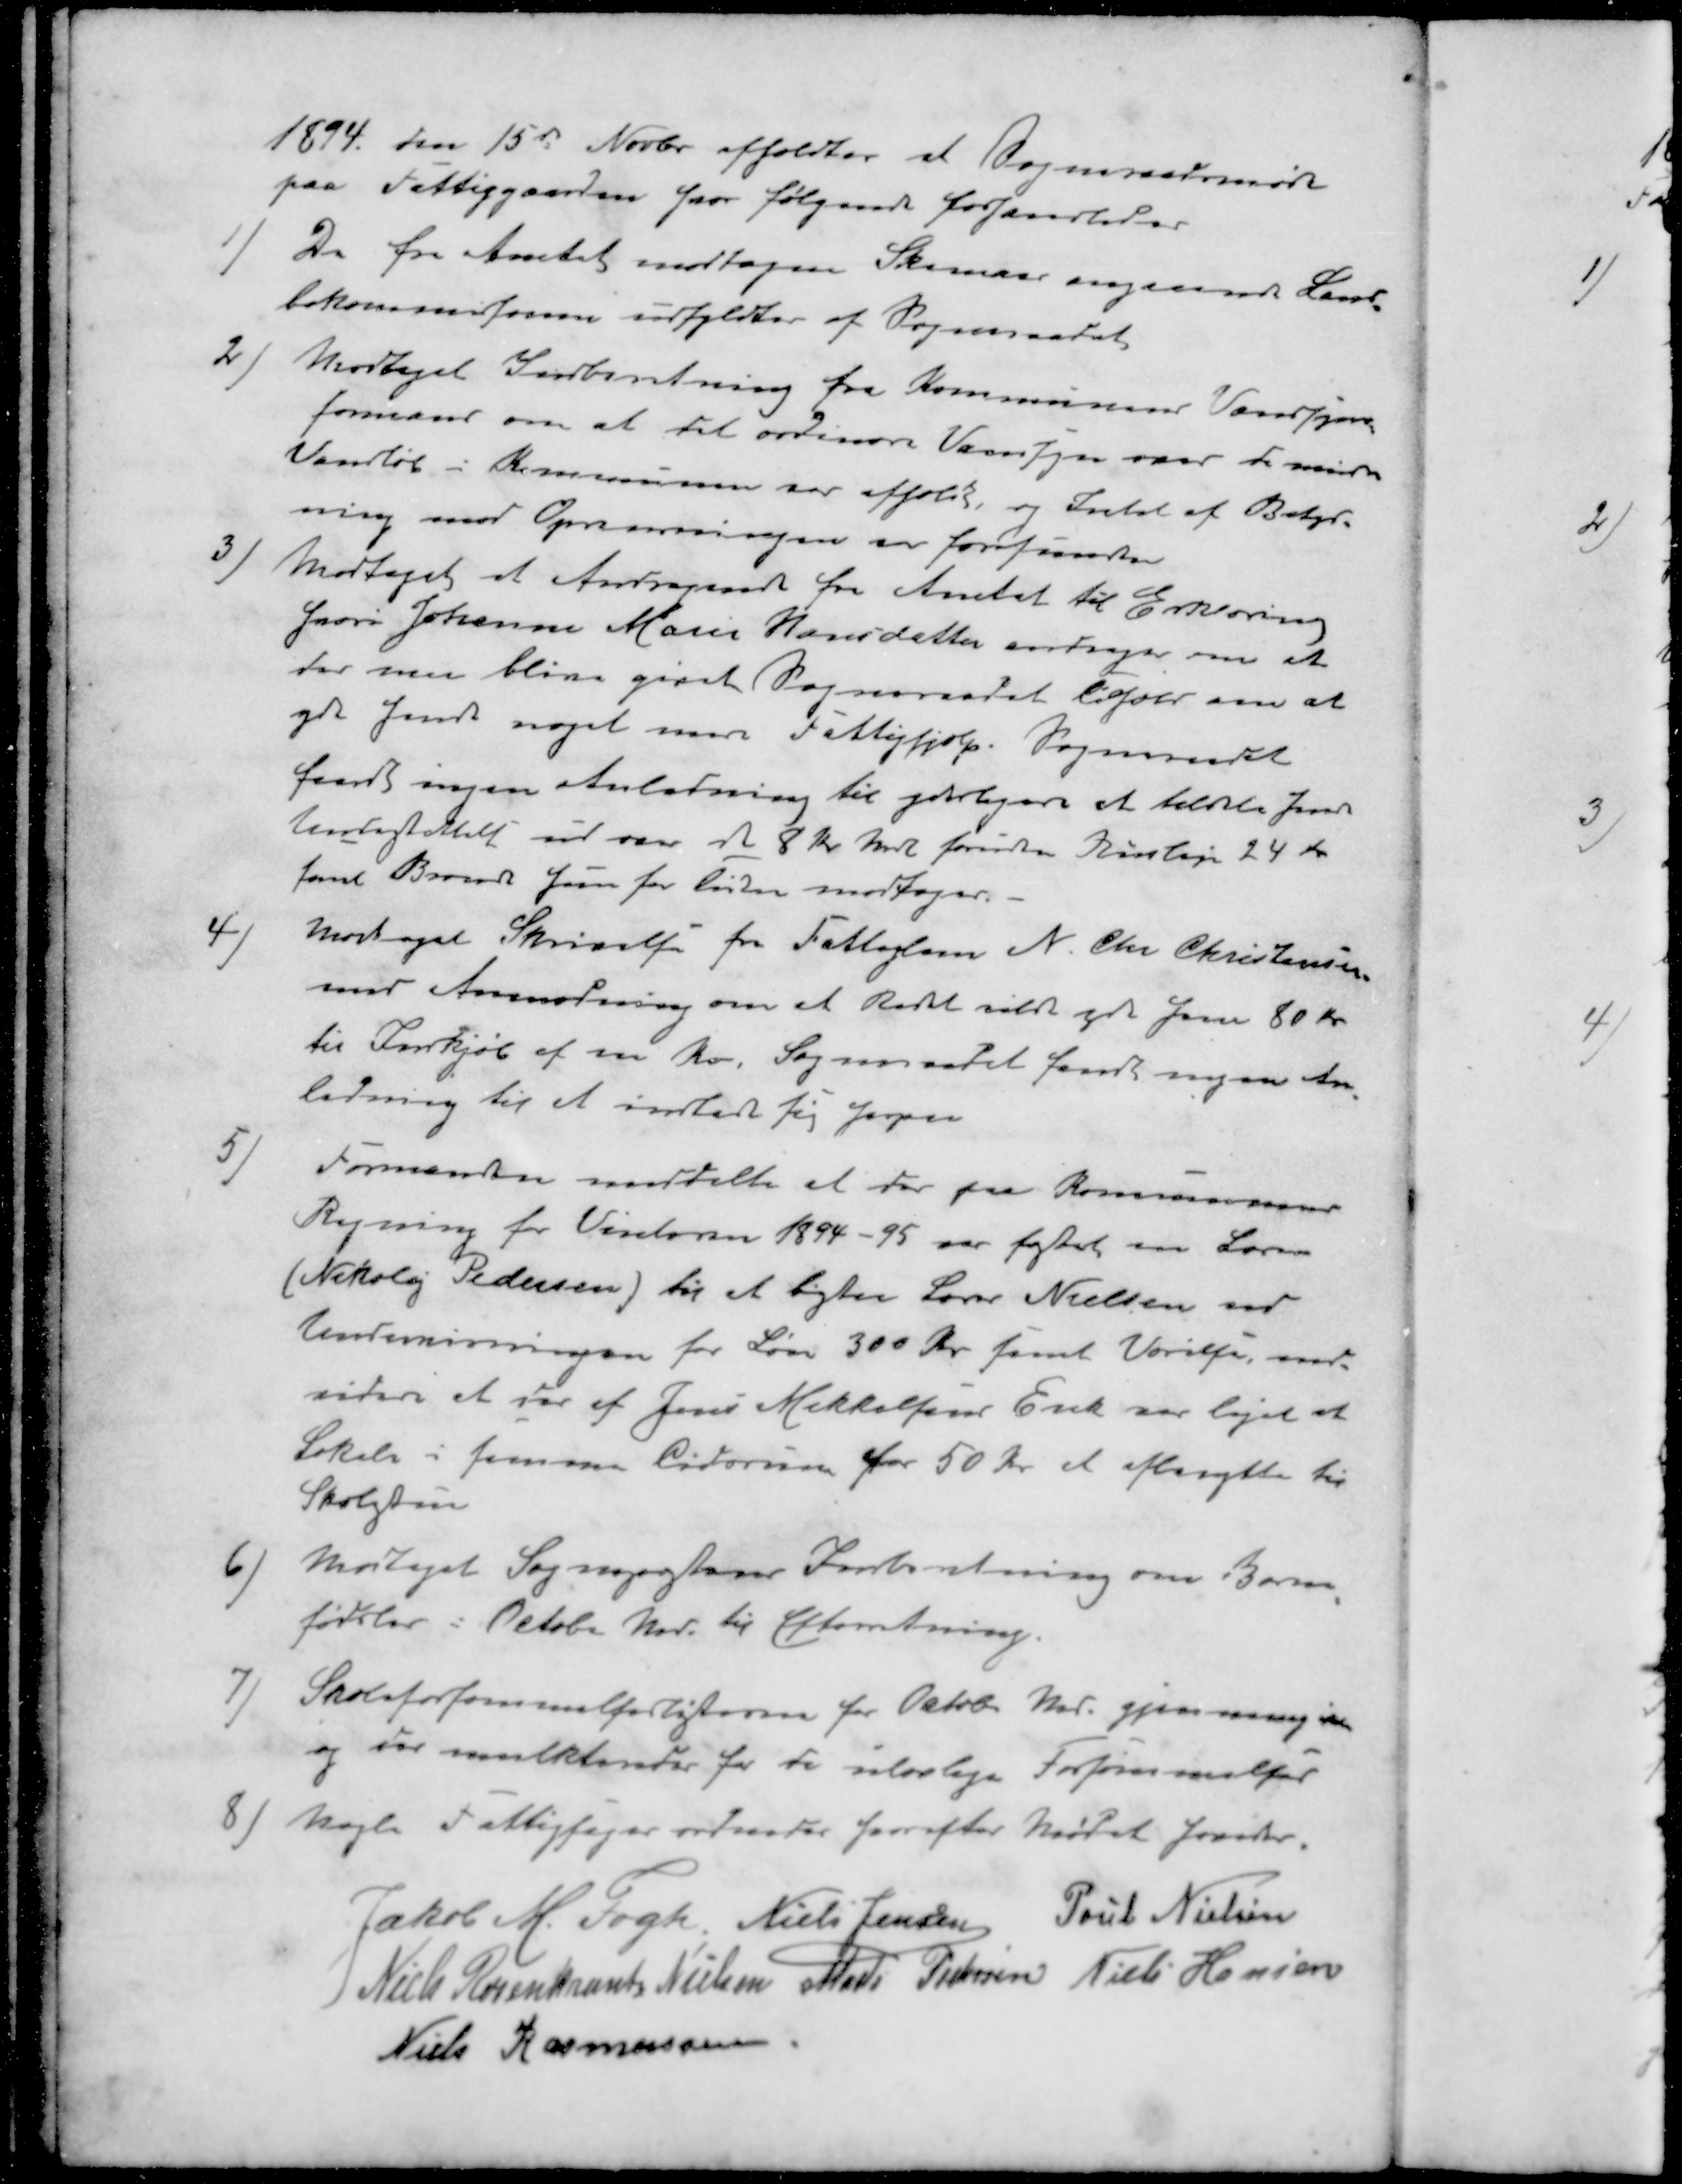
Transskription:
1894 den 15d Novbr afholdtes at Sogneraadsmøde
paa Fattiggaarden hvor følgende forhandledes
1 )De fra Amtet modtagne Skemaer angaaende Land-
bokommisionen udfyldtes af Sogneraadet
2 ) Modtaget Indberetning fra Kommunens Vandsyns-
formand om at det ordinære Vandsyn over de mindre
Vandløb i Kommunen var udført, og Intet af Betyr-
ning med Oprensningen er forefunden
3 ) Modtaget et Andragende fra Amtet til Erklæring
hvori Johanne Marie Hansdatter andrager om at
der nu blive givet Sogneraadet tilhold om at
yde hende noget mere Fattighjælp. Sogneraadet
fandt ingen Anledning til yderligere at tildele hende
Undestøttelse ud over de 8 Kr. Mdl foruden Husleje 24 Kr.
fast Brænde hun for tiden modtager.
4 ) Modtaget Skrivelse fra Fattiglem N. Chr. Christensen
med Anmodning om at Raadet vilde yde ham 80 Kr.
til Indkjøb af en Ko Sogneraadet fandt ingen An-
ledning til at indlade sig Herpaa
5 ) Formanden meddelte et der paa Kommunens
Regning for Vinteren 1894-95 var fæstet en Lærer
(Nikolaj Pedersen) til at bistaa Lærer Nielsen med
Undervisningen for Løn 300 Kr. samt Værelse, ind-
videre at var af Jens Mikkelsens Enke var lejet at
Lokale i sammes Lidorum for 50 Kr. at afbenytte til
Skolestue
6 ) Modtaget Sognepræstens Indberetning om Børne-
fødsler i October Md til Efterretning.
7 ) Skoleforsømmelselisterne for Octob. Md. gjennemgaaet
og der mulkteredes for de ulovlige Forsømmelser
8 ) nogle Fattigsager ordnedes herefter Mødet hævet
Jakob M. Fogh
 Niels Jensen
Poul Nielsen
Niels Rosenkrants Nielsen
Mads Pedersen
Niels Hansen
Niels Rasmussen